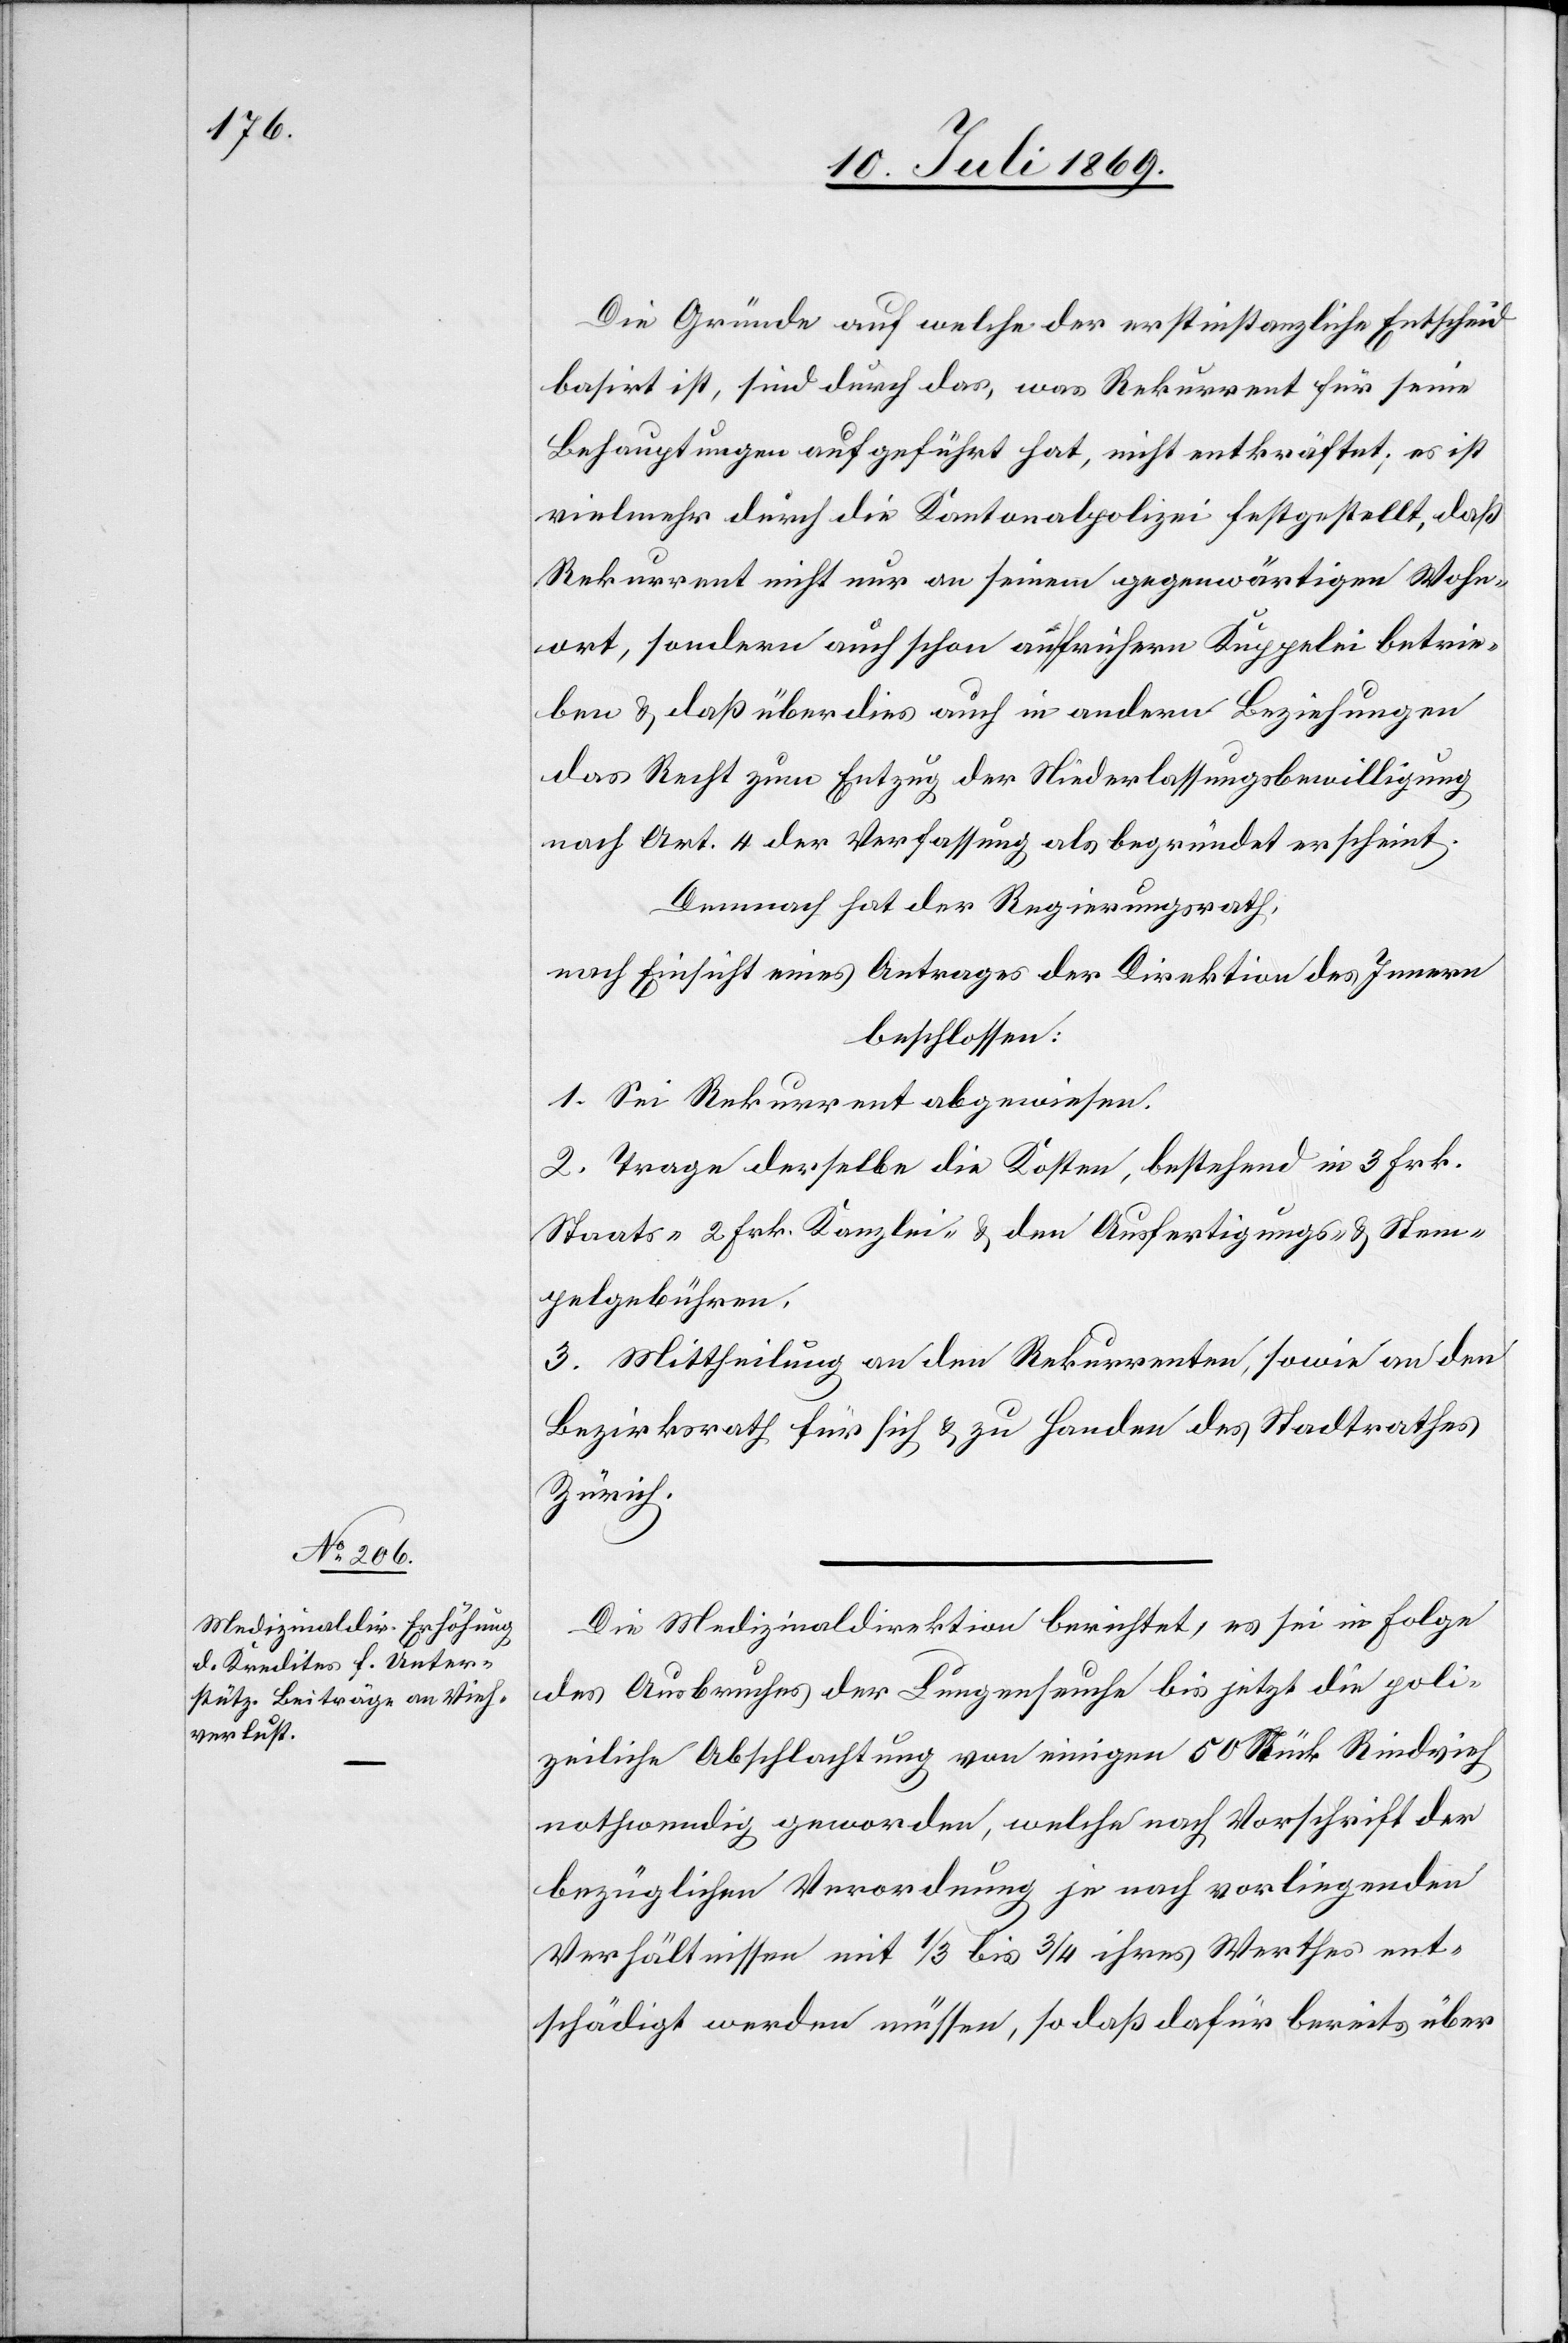
Die Gründe auf welche der erstinstanzliche Entscheid
basirt ist, sind durch das, was Rekurrent für seine
Behauptungen aufgeführt hat, nicht entkräftet; es ist
vielmehr durch die Kantonspolizei festgestellt, daß
Rekurrent nicht nur an seinem gegenwärtigen Wohn¬
ort, sondern auch schon an frühern Kuppelei betrie¬
ben u. daß überdies auch in andern Beziehungen
das Recht zum Entzug der Niederlaßungsbewilligung
nach Art. 4 der Verfassung als begründet erscheint.
Demnach hat der Regierungsrath,
nach Einsicht eines Antrages der Direktion des Innern
beschlossen:
1. Sei Rekurrent abgewiesen.
2. Trage derselbe die Kosten, bestehend in 3 Frk.
Staats- 2 Frk. Kanzlei- u. den Ausfertigungs- u. Stem¬
pelgebühren.
3. Mittheilung an den Rekurrenten, sowie an den
Bezirksrath für sich u. zu Handen des Stadtrathes
Zürich.
Die Medizinaldirektion berichtet, es sei in Folge
des Ausbruches der Lungenseuche bis jetzt die poli¬
zeiliche Abschlachtung von einigen 50 Stück Rindsvieh
nothwendig geworden, welche nach Vorschrift der
bezüglichen Verordnung je nach vorliegenden
Verhältnissen mit 1/3 bis 3/4 ihres Werthes ent¬
schädigt werden müssen, so daß dafür bereits über